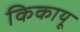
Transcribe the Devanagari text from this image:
किकायू